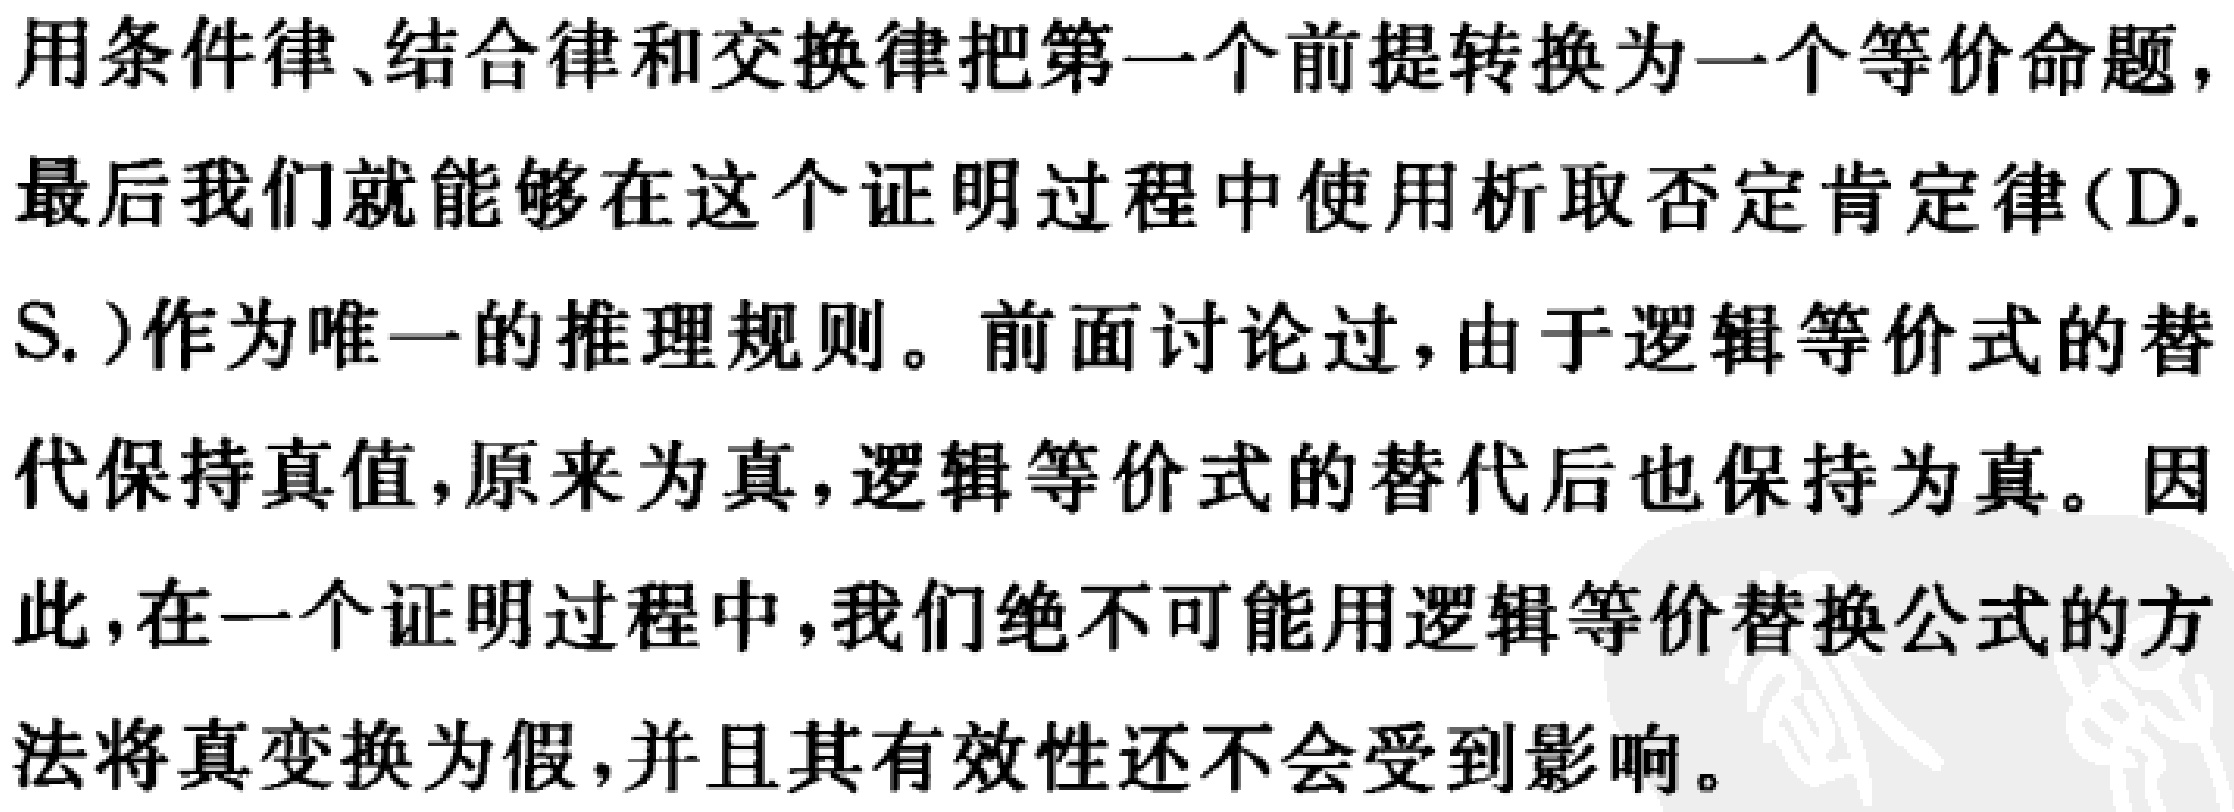
用条件律、结合律和交换律把第一个前提转换为一个等价命题，
最后我们就能够在这个证明过程中使用析取否定肯定律(D.
S.)作为唯一的推理规则。前面讨论过，由于逻辑等价式的替
代保持真值，原来为真，逻辑等价式的替代后也保持为真。因
此，在一个证明过程中，我们绝不可能用逻辑等价替换公式的方
法将真变换为假，并且其有效性还不会受到影响。